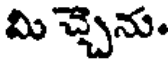
మి చ్చెను.